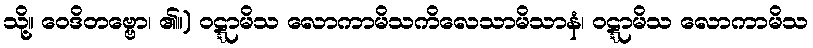
သို့။ ဝေဒိတဗ္ဗော၊ ၏။) ဝဋ္ဋာမိသ လောကာမိသကိလေသာမိသာနံ၊ ဝဋ္ဋာမိသ လောကာမိသ